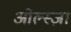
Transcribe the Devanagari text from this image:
ओल्स्ज़ा